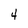
Character: 4